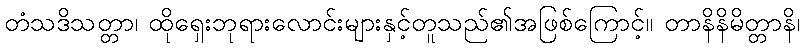
တံသဒိသတ္တာ၊ ထိုရှေးဘုရားလောင်းများနှင့်တူသည်၏အဖြစ်ကြောင့်။ တာနိနိမိတ္တာနိ၊